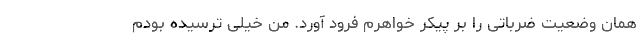
همان وضعیت ضرباتی را بر پیکر خواهرم فرود آورد. من خیلی ترسیده بودم